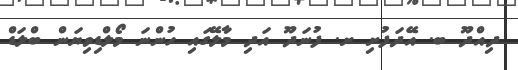
ދިއްދޫ ބ. އޭދަފުށި ށ. ފުނަދޫ އަދި މާލޭގައި ހުންނަ މޯލްޑިވިޔަން ބްލަޑް